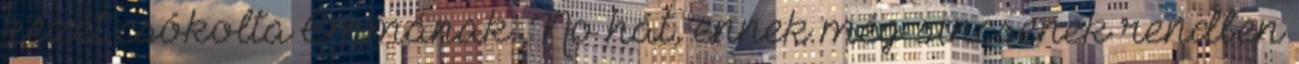
kezét csókolta Emmának. No hát, ennek még sincsenek rendben